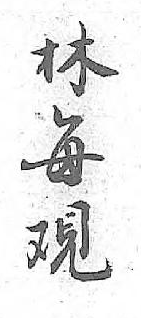
林每覌